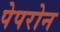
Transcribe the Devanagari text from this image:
पेपरोन